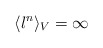
\begin{align*} \langle l^n \rangle_V = \infty\end{align*}